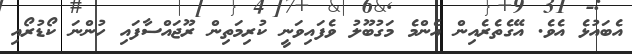
އެބައުޅެ އެވެ. އޭގެތެރެއިން އެންމެ މަގުބޫލު ވެފައިވަނީ ކުރިމަތިން ރޫޖައްސާފައި ހުންނަ ކޯޑުރޯއި